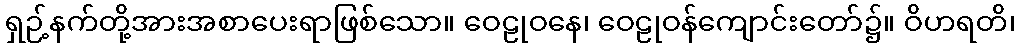
ရှဉ့်နက်တို့အားအစာပေးရာဖြစ်သော။ ဝေဠုဝနေ၊ ဝေဠုဝန်ကျောင်းတော်၌။ ဝိဟရတိ၊